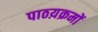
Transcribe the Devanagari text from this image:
पाठय़क्रमों